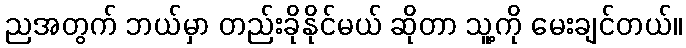
ညအတွက် ဘယ်မှာ တည်းခိုနိုင်မယ် ဆိုတာ သူ့ကို မေးချင်တယ်။